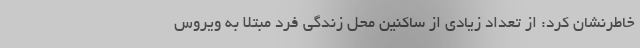
خاطرنشان کرد: از تعداد زیادی از ساکنین محل زندگی فرد مبتلا به ویروس